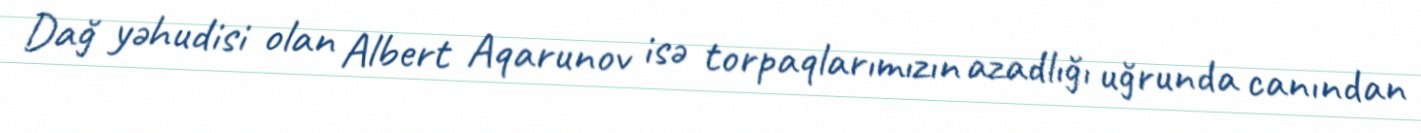
Dağ yəhudisi olan Albert Aqarunov isə torpaqlarımızın azadlığı uğrunda canından